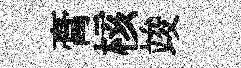
膏核竣